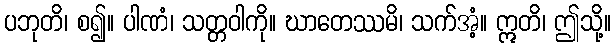
ပဘုတိ၊ စ၍။ ပါဏံ၊ သတ္တဝါကို။ ဃာတေဿမိ၊ သက်အံ့။ ဣတိ၊ ဤသို့။